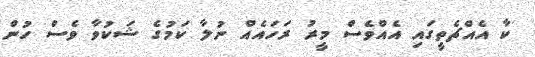
ކާ އެއްޗެތީގައި އެއްވެސް މީރު ރަހައެއް ނުލާ ކަމުގެ ޝަކުވާ ވެސް ހުން